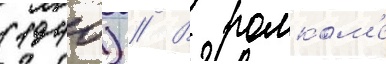
(1940) // В ромком'е